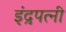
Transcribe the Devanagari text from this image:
इंद्रपत्‍नी